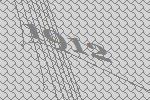
1912